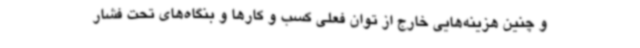
و چنین هزینه‌هایی خارج از توان فعلی کسب و کارها و بنگاه‌های تحت فشار